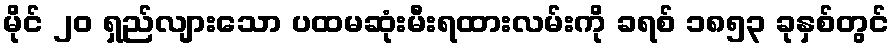
မိုင် ၂၀ ရှည်လျားသော ပထမဆုံးမီးရထားလမ်းကို ခရစ် ၁၈၅၃ ခုနှစ်တွင်